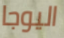
اليوجا